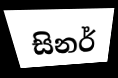
සිනර්